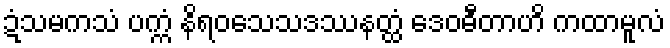
ဍံသမကသံ ပက္ကံ နိရဝသေသဒဿနတ္ထံ ဒေဝဓီတာဟိ ကထာမူလံ